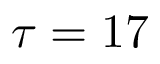
\tau = 1 7